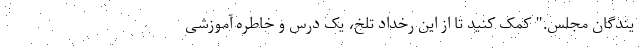
یندگان مجلس." کمک کنید تا از این رخداد تلخ، یک درس و خاطره آموزشی